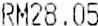
RM28.05